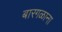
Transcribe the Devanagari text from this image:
बारगळाना